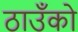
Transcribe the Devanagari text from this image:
ठाउँको